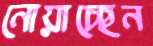
নোয়াচ্ছেন